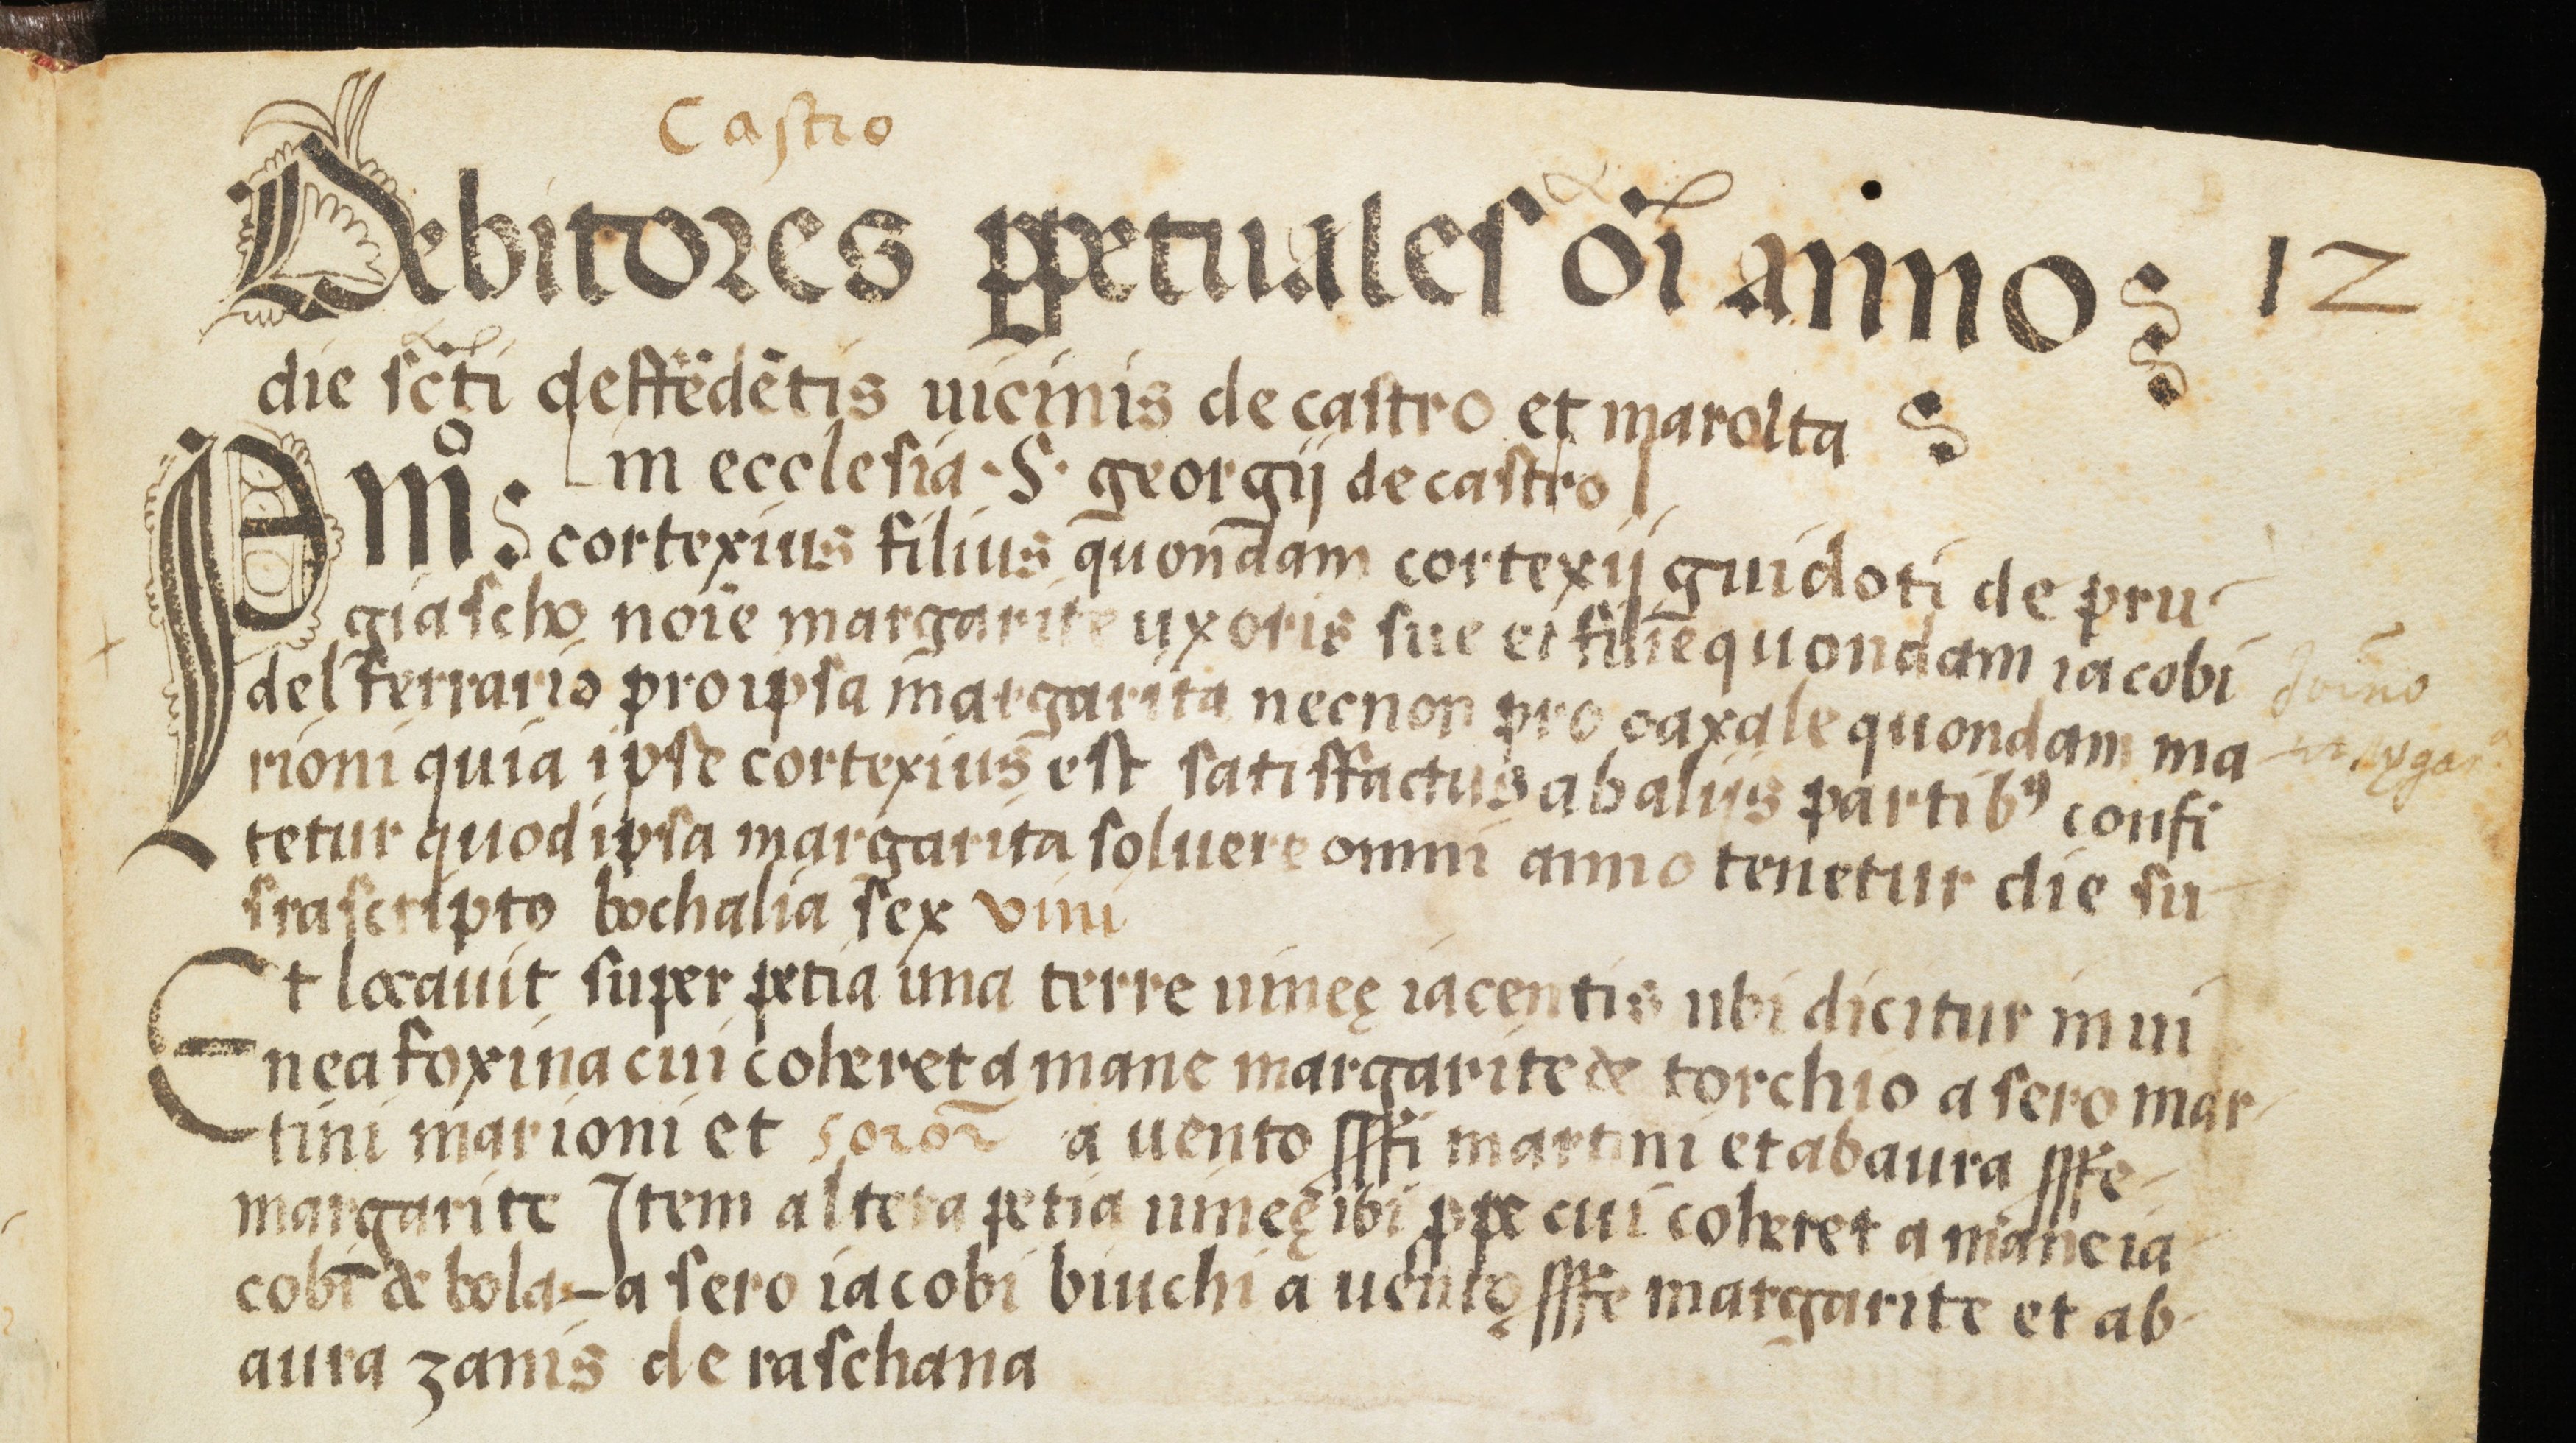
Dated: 1554–1554